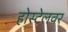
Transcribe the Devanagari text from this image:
होस्टेलवर